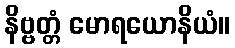
နိဗ္ဗတ္တံ မောရယောနိယံ။